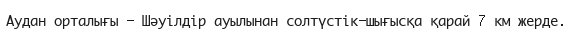
Аудан орталығы - Шәуілдір ауылынан солтүстік-шығысқа қарай 7 км жерде.